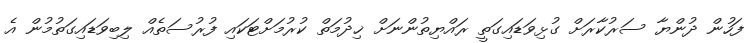
ފަހުން ދުންޔާ ސަރުކާރަށް ގުޅިވަޑައިގަތީ ރައްޔިތުންނަށް ޚިދުމަތް ކުރުމަށްޓަކައި ފުރުސަތެއް ލިބިވަޑައިގަތުމުން އެ